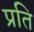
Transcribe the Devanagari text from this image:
प्रति